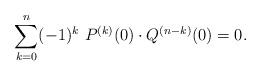
LaTeX: \begin{align*}\sum_{k=0}^{n}(-1)^k \ P^{(k)}(0)\cdot Q^{(n-k)}(0)=0.\end{align*}